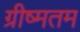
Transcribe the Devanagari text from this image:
ग्रीष्मतम